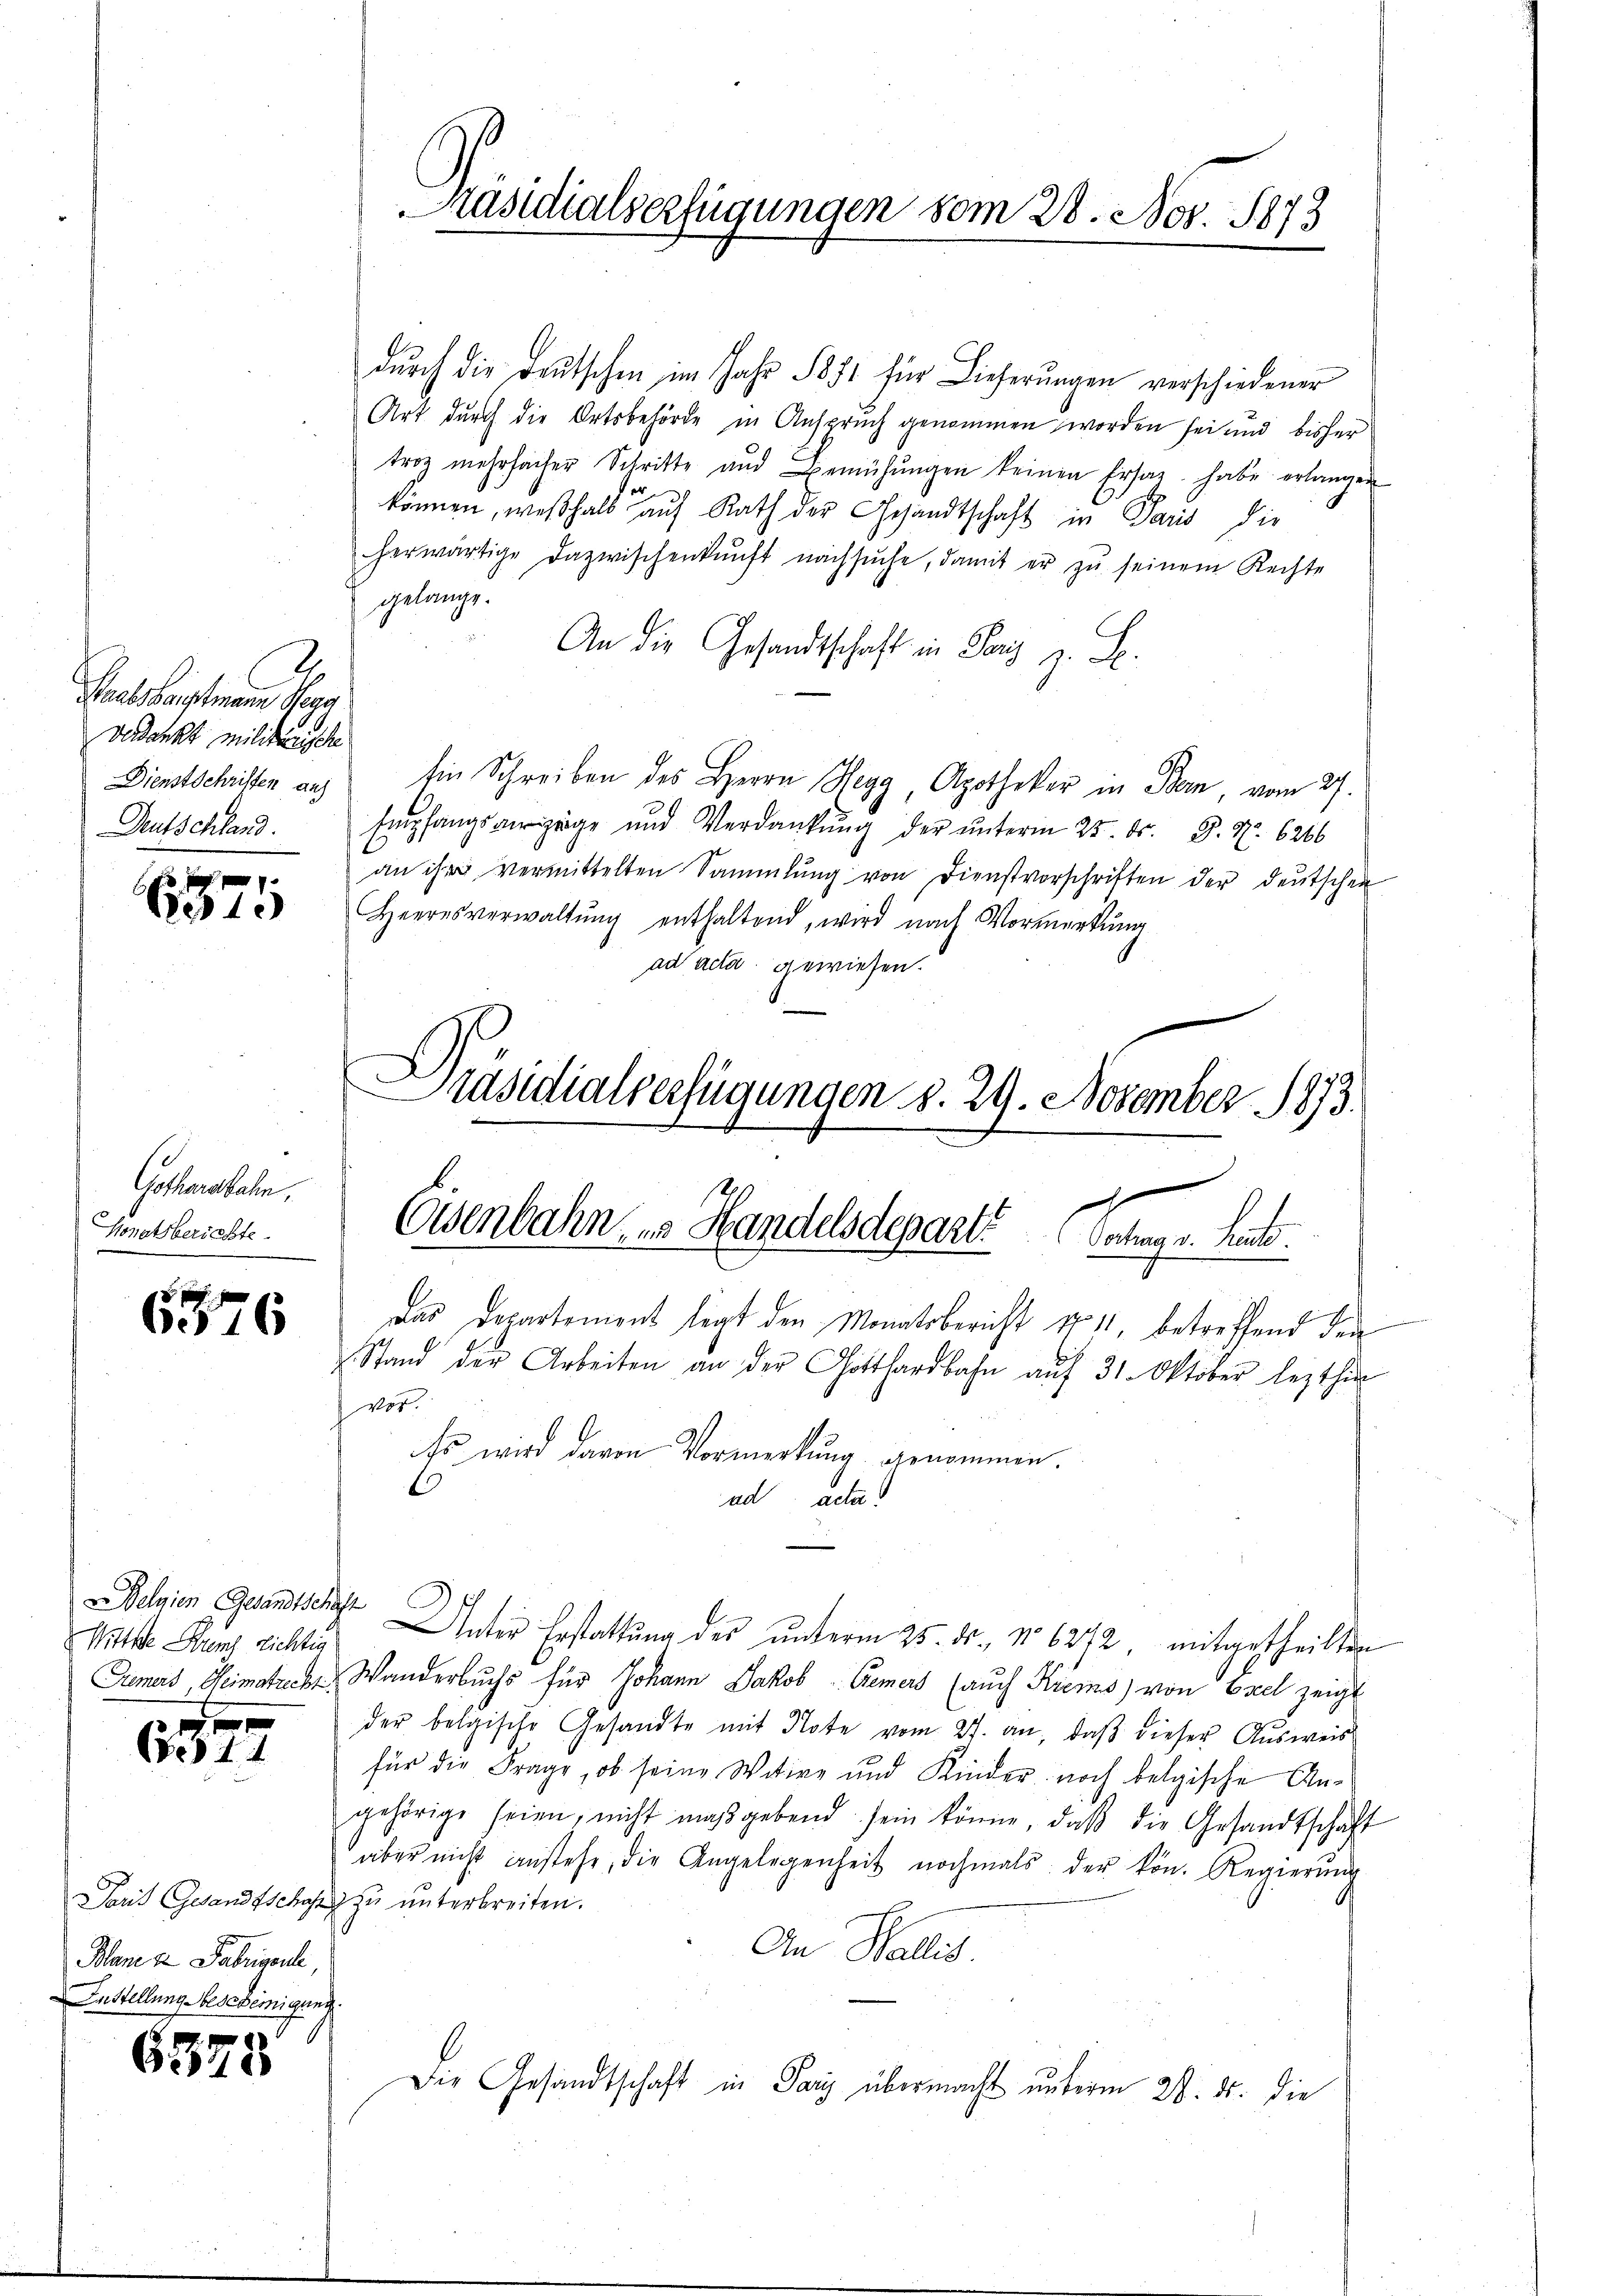
Haabshauptmann Hegg
Verdankt militärische
Dienstschriften auf
Deutschland.

7
6310

6376

Belgien Gesandtschaft

d
C44

.
Plane z. Fabrigenle,
Instellung bescheinigung.

6375

durch die Deutschen im Jahr 1871 für Lieferungen verschiedener
Art durch die Ortsbehörde in Anspruch genommen worden sei und bisher
troz mehrfacher Schritte und Bemühŭngen keinen Ersat habe erlangen
können, weßhalb auf Rath der Gesandtschaft in Paris die
herwärtige Dazwischenkunft nachsŭche, damit er zŭ seinem Rechte
gelange.
An die Gesandtschaft in Paris z. S.
Ein Schreiben des Herrn Hegg, Apotheker in Bern, vom 27.
Empfangsverzige und Verdankŭng der ŭnterm 25. Fr. 3. No. 6266
an ihr vermittelten Sammlung von Dienstvorschriften der deutschen
Heeresverwaltung enthaltend, wird nach Vormerkung
ad acta gewiesen.

Präsidialverfügungen d. 29. November 1873
Gotterstehen,
Owenbahn in Handelsdepart
Sonetberichte

Präsidialverfügungen vom 28. Nov. 1873

4
Vechung v. Heute
Das Departement legt den Monatsbericht 1711, betreffend den

vor.
Es wird davon Vormerkung genommen.
ad acta

Stand der Arbeiten an der Gotthardbahn aŭf 31. Oktober lezthin

Mitter Benz richten Unter Erstattung des unterm 25. ds. No. 6242, mitgetheilten
Gamers Heimatrecke Wanderbuchs für Johann Jakob Gremers (auch Kiers) von Esel zeigt
der belgische Gesandte mit Note vom 27. an, daß dieser Ausweis
für die Frage, ob seine Witire und Kinder noch belgische Angehörige seien, nicht massgebend sein könne, daβ die Gesandtschaft
aber nicht anstehe, die Angelegenheit nochmals der kön. Regierŭng
.
Paris Gesandtschaft zu unterbreiten.
An Wallis.
Die Gesandtschaft in Paris übermacht unterm 28. ds. die